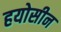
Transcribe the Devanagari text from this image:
हयोसीन